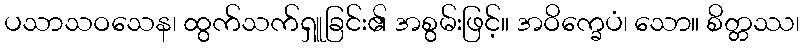
ပသာသဝသေန၊ ထွက်သက်ရှူခြင်း၏ အစွမ်းဖြင့်။ အဝိက္ခေပံ၊ သော။ စိတ္တဿ၊